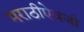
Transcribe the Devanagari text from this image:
मराठीऐवजी